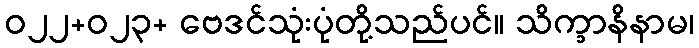
ဝ၂၂+ဝ၂၃+ ဗေဒင်သုံးပုံတို့သည်ပင်။ သိက္ခာနိနာမ၊